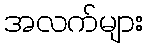
အလက်များ